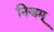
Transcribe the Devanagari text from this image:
निजम्